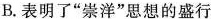
B.表明了“崇洋”思想的盛行